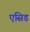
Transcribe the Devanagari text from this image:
एसिड